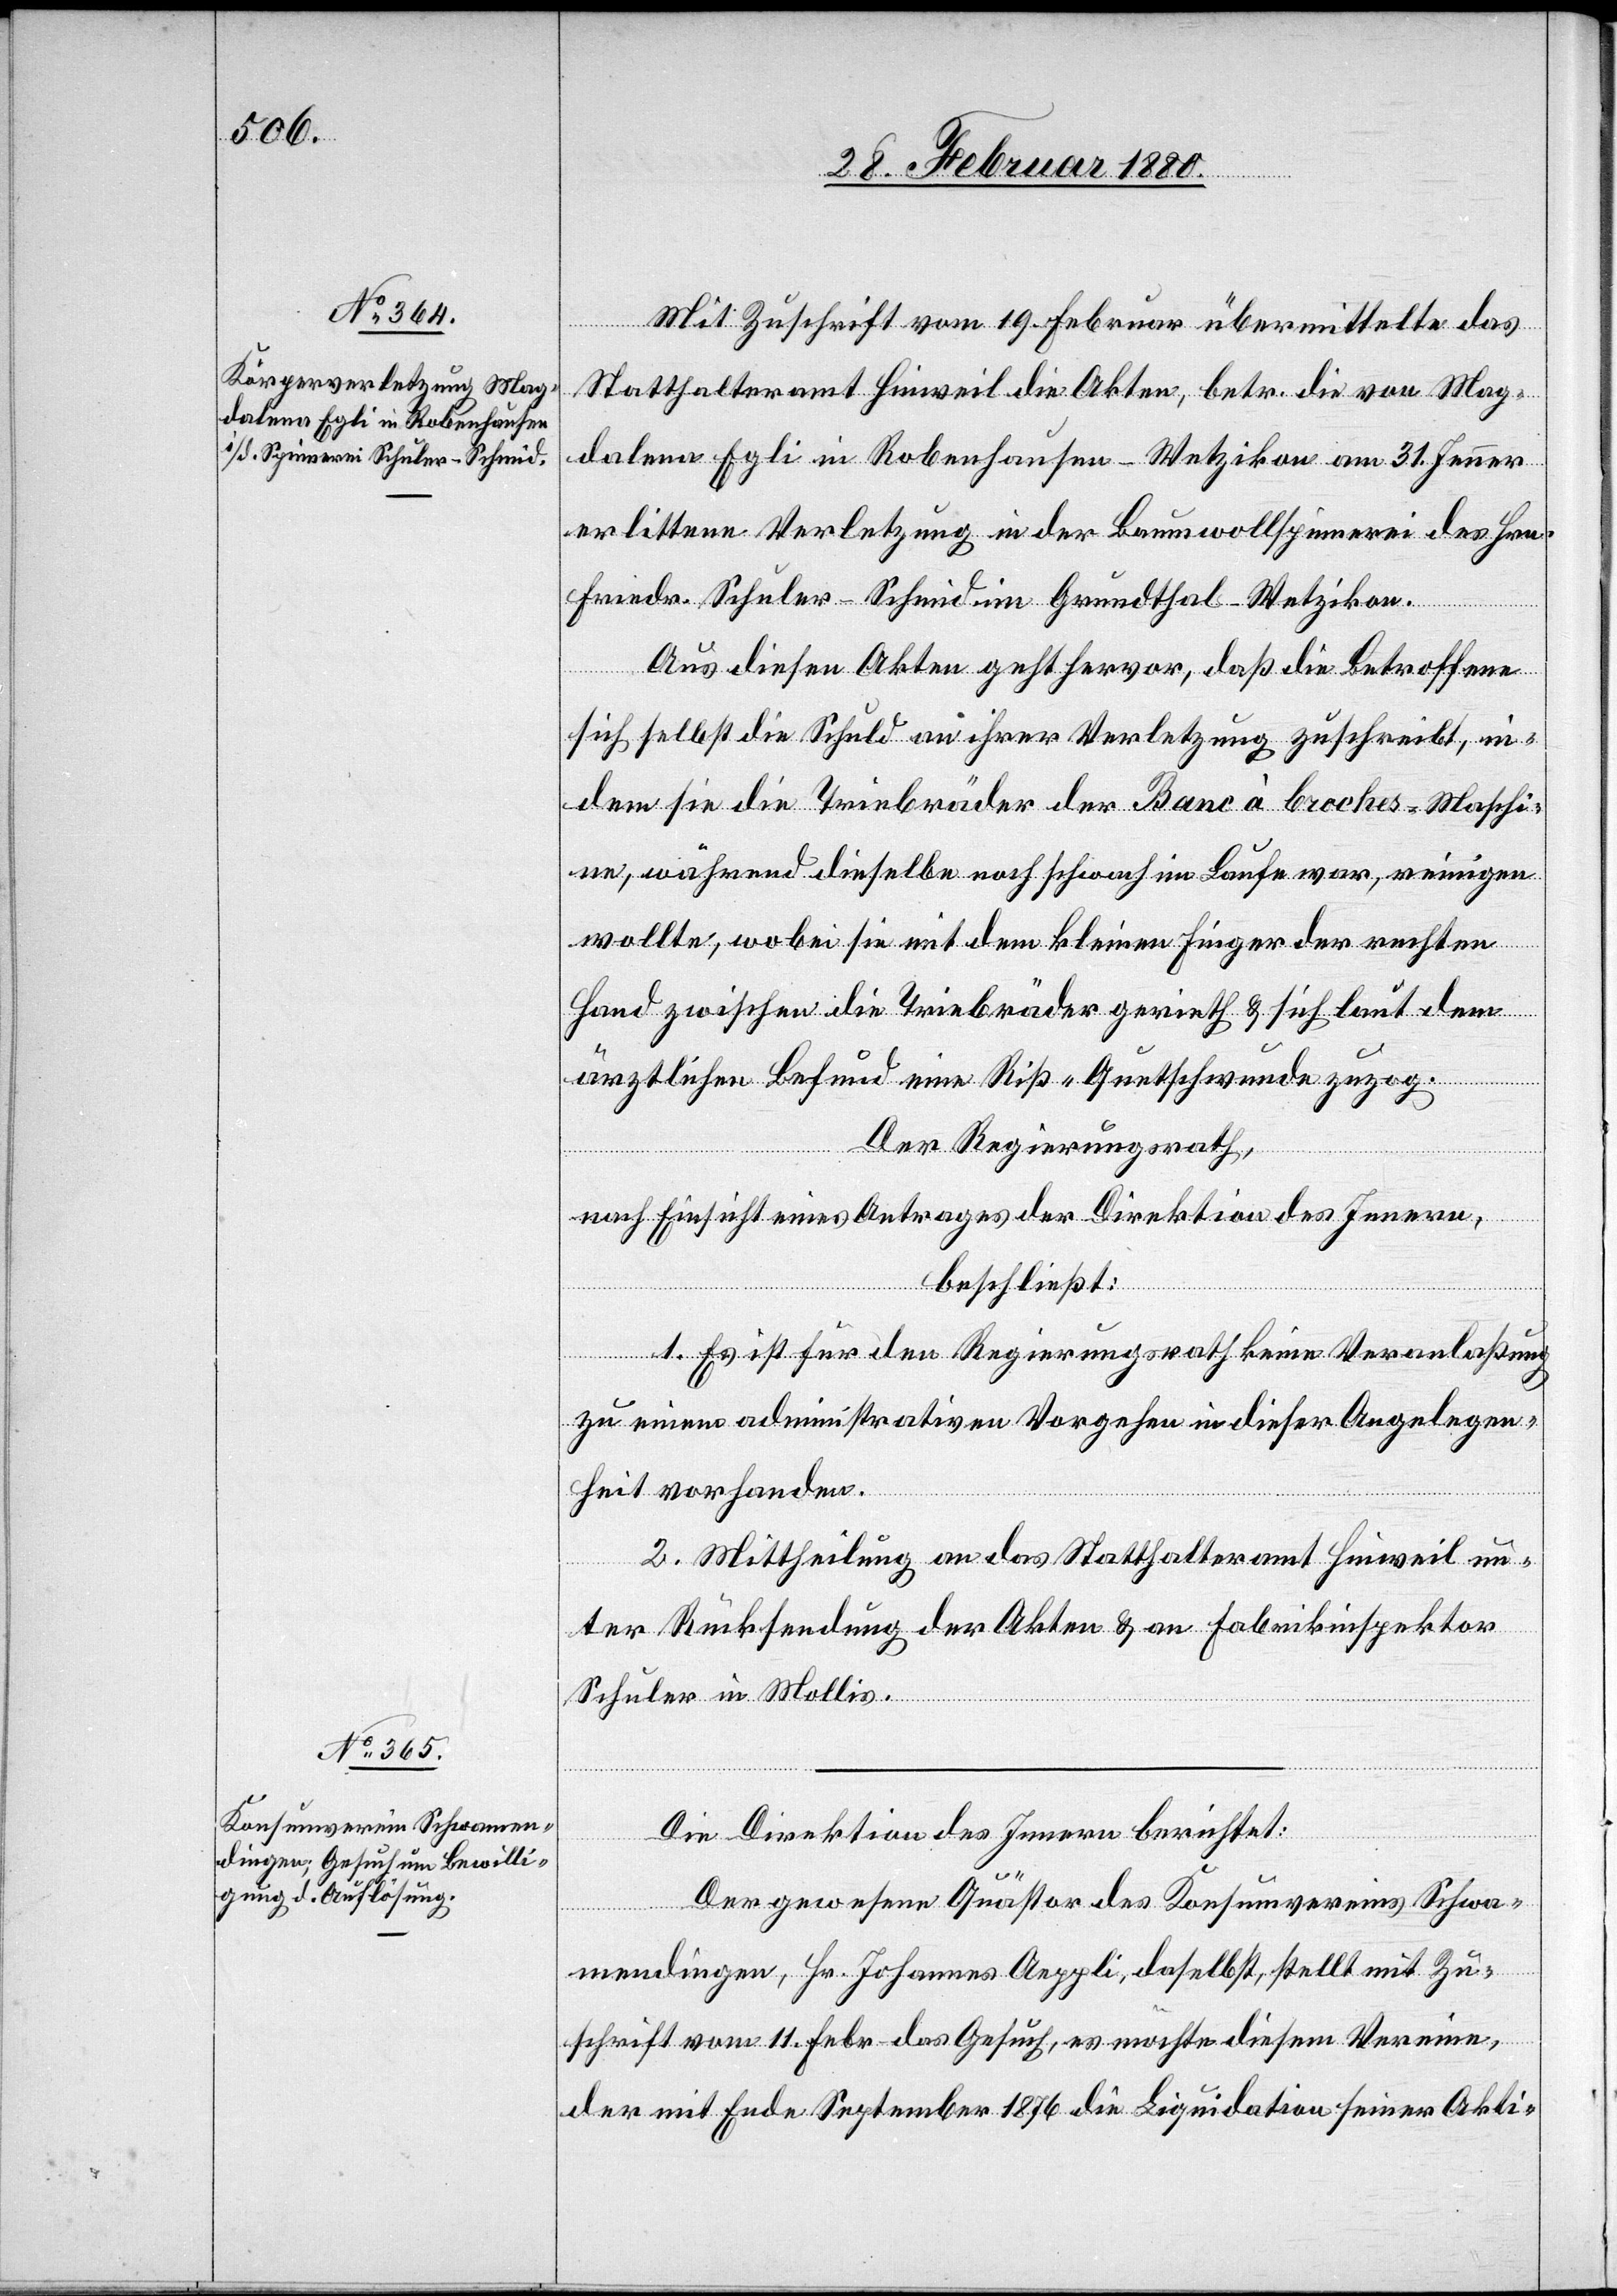
Mit Zuschrift vom 19. Februar übermittelt das
Statthalteramt Hinweil die Akten, betr. die von Mag¬
dalene Egli in Robenhausen - Wetzikon am 31. Jenner
erlittene Verletzung in der Baumwollspinnerei des Hrn.
Friedr. Schuler-Schmid im Grundthal - Wetzikon.
Aus diesen Akten geht hervor, daß die Betroffene
sich selbst die Schuld an ihrer Verletzung zuschreibt, in¬
dem sie die Triebräder der Bank à broches-Maschi¬
ne, während dieselbe noch schwach im Laufe war, reinigen
wollte, wobei sie mit dem kleinen Finger der rechten
Hand zwischen die Triebräder gerieth & sich laut dem
ärztlichen Befund eine Riß-Quetschwunde zuzog.
Der Regierungsrath,
nach Einsicht eines Antrages der Direktion des Innern,
beschließt:
1. Es ist für den Regierungsrath keine Veranlaßung
zu einem administrativen Vorgehen in dieser Angelegen¬
heit vorhanden.
2. Mittheilung an das Statthalteramt Hinweil un¬
ter Rücksendung der Akten & an Fabrikinspektor
Schuler in Mollis.
Die Direktion des Innern berichtet:
Der gewesene Quästor des Konsumvereins Schwa¬
mendingen, Hr. Johannes Aeppli, daselbst, stellt mit Zu¬
schrift vom 11. Febr. das Gesuch, es möchte diesem Vereine,
der mit Ende September 1876 die Liquidation seiner Akti-